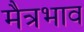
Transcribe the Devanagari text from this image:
मैत्रभाव